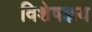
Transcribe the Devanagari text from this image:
विशेषज्ञय